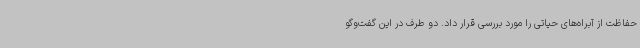
حفاظت از آبراه‌های حیاتی را مورد بررسی قرار داد. دو طرف در این گفت‌وگو